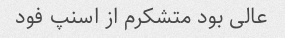
عالی بود متشکرم از اسنپ فود